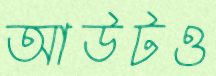
আউটও